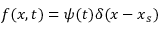
f ( \boldsymbol { x } , t ) = \psi ( t ) \delta ( \boldsymbol { x } - \boldsymbol { x } _ { s } )